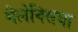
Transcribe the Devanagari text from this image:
गैलेक्सिया